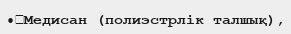
•	Медисан (полиэстрлік талшық),